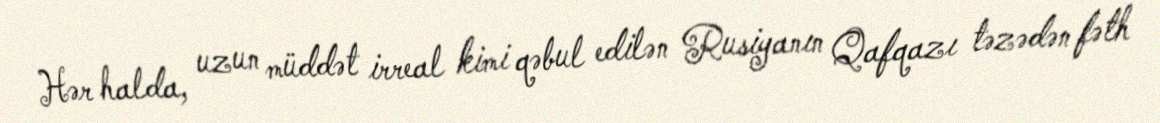
Hər halda, uzun müddət irreal kimi qəbul edilən Rusiyanın Qafqazı təzədən fəth